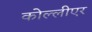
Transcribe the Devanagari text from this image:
कोल्लीएर